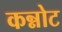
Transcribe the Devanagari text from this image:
कन्नोट